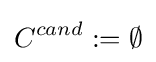
C^{cand}:=\emptyset